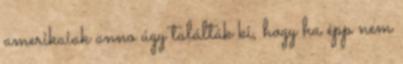
amerikaiak anno úgy találták ki, hogy ha épp nem